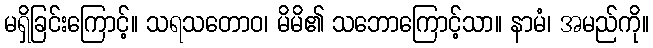
မရှိခြင်းကြောင့်။ သရသတောဝ၊ မိမိ၏ သဘောကြောင့်သာ။ နာမံ၊ အမည်ကို။